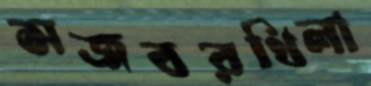
সজবরখিলা